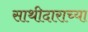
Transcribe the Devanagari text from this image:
साथीदाराच्या